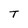
Character: T